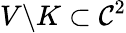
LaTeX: V\backslash K\subset\mathcal{C}^{2}